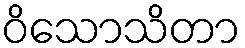
ဝိသောသိတာ